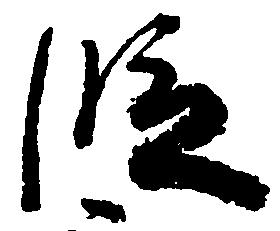
段